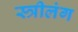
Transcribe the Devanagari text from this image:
स्त्रीलंग